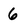
Character: 6